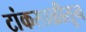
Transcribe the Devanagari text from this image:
टांकसाळीतून